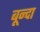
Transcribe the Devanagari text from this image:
बून्दा